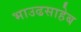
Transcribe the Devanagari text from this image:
भाउढसाहेब